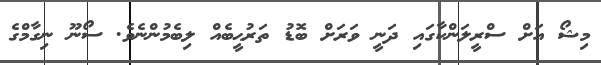
މިޝޯ އަށް ސްރީލަންކާގައި ދަނީ ވަރަށް ބޮޑު ތަރުޙީބެއް ލިބެމުންނެވެ. ސޯނޫ ނިގާމްގެ